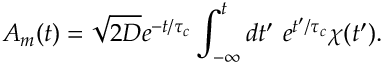
A _ { m } ( t ) = \sqrt { 2 D } e ^ { - t / \tau _ { c } } \int _ { - \infty } ^ { t } d t ^ { \prime } \ e ^ { t ^ { \prime } / \tau _ { c } } \chi ( t ^ { \prime } ) .